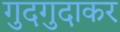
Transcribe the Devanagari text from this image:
गुदगुदाकर